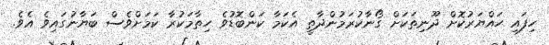
ހިފައި ހައްޔަރުކޮށް ދޫނިތަކަށް ގޯނާކުރަމުންދާތީ އެކަމާ ކަންބޮޑުވެ ހިތާމަކުރާ ކަމަށްވެސް ބަޔާނުގައިވެ އެވެ.